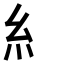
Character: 糹